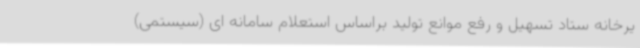
یرخانه ستاد تسهیل و رفع موانع تولید براساس استعلام سامانه ای (سیستمی)